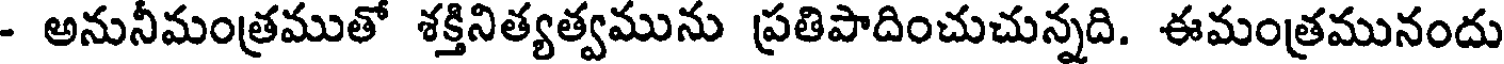
- అనునీమంత్రముతో శక్తినిత్యత్వమును ప్రతిపాదించుచున్నది. ఈమంత్రమునందు